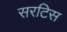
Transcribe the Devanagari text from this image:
सरटिस